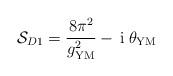
LaTeX: \begin{align*}{\cal S}_{D1} = \frac{8 \pi^2}{g_{\rm YM}^2} - \, {\rm i}\;\theta_{\rm YM}\end{align*}